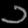
Digit: ၁